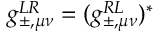
g _ { \pm , \mu \nu } ^ { L R } = ( g _ { \pm , \mu \nu } ^ { R L } ) ^ { * }